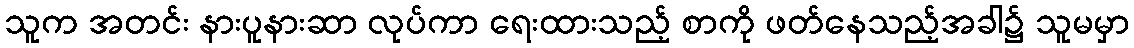
သူက အတင်း နားပူနားဆာ လုပ်ကာ ရေးထားသည့် စာကို ဖတ်နေသည့်အခါ၌ သူမမှာ